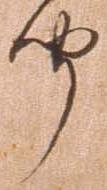
聞